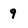
Character: 9